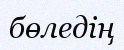
бөледің